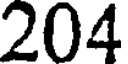
204